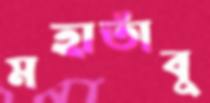
মহাতাঁবু